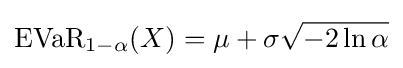
{\text{EVaR}}_{1-\alpha }(X)=\mu +\sigma {\sqrt {-2\ln \alpha }}